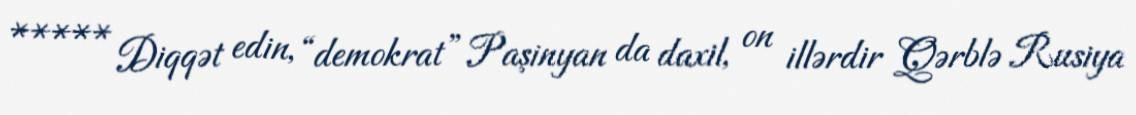
***** Diqqət edin, “demokrat” Paşinyan da daxil, on illərdir Qərblə Rusiya